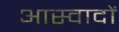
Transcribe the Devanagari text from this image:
आस्वादों